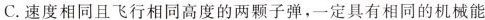
C.速度相同且飞行相同高度的两颗子弹，一定具有相同的机械能